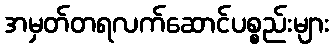
အမှတ်တရလက်ဆောင်ပစ္စည်းများ